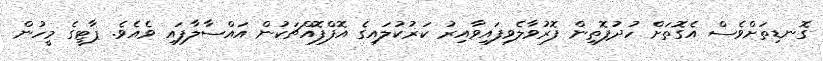
ގޮނޑިތަށްވެސް އެގޮތަށް ހުދުފޮތިން ފޮރުވާލެވިފައިވާއިރު ކަޜުކުލައިގެ އޮފްފޮއްޗަކުން އައްސާލާފައި ވެއެވެ. ޕާޓީގެ މީހުން